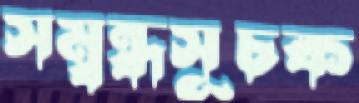
সম্বন্ধসূচক